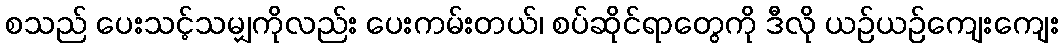
စသည် ပေးသင့်သမျှကိုလည်း ပေးကမ်းတယ်၊ စပ်ဆိုင်ရာတွေကို ဒီလို ယဉ်ယဉ်ကျေးကျေး